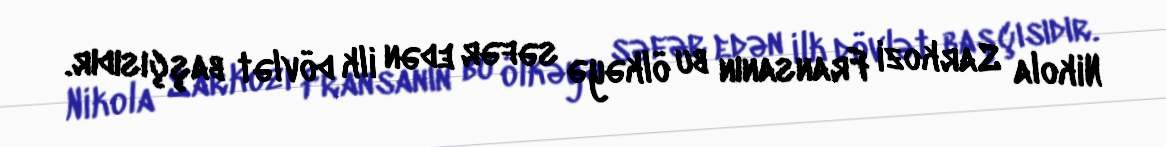
Nikola Sarkozi Fransanın bu ölkəyə səfər edən ilk dövlət başçısıdır.